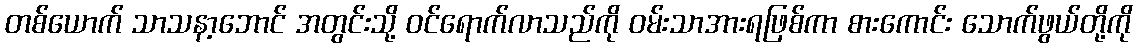
တစ်ယောက် သာသနာ့ဘောင် အတွင်းသို့ ဝင်ရောက်လာသည်ကို ဝမ်းသာအားရဖြစ်ကာ စားကောင်း သောက်ဖွယ်တို့ကို